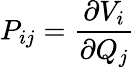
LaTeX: P_{ij}={\frac{\partial V_{i}}{\partial Q_{j}}}